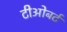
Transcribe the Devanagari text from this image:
टीओबर्ट